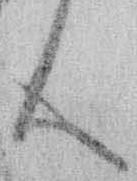
ん